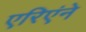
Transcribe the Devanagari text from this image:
एरिएंने